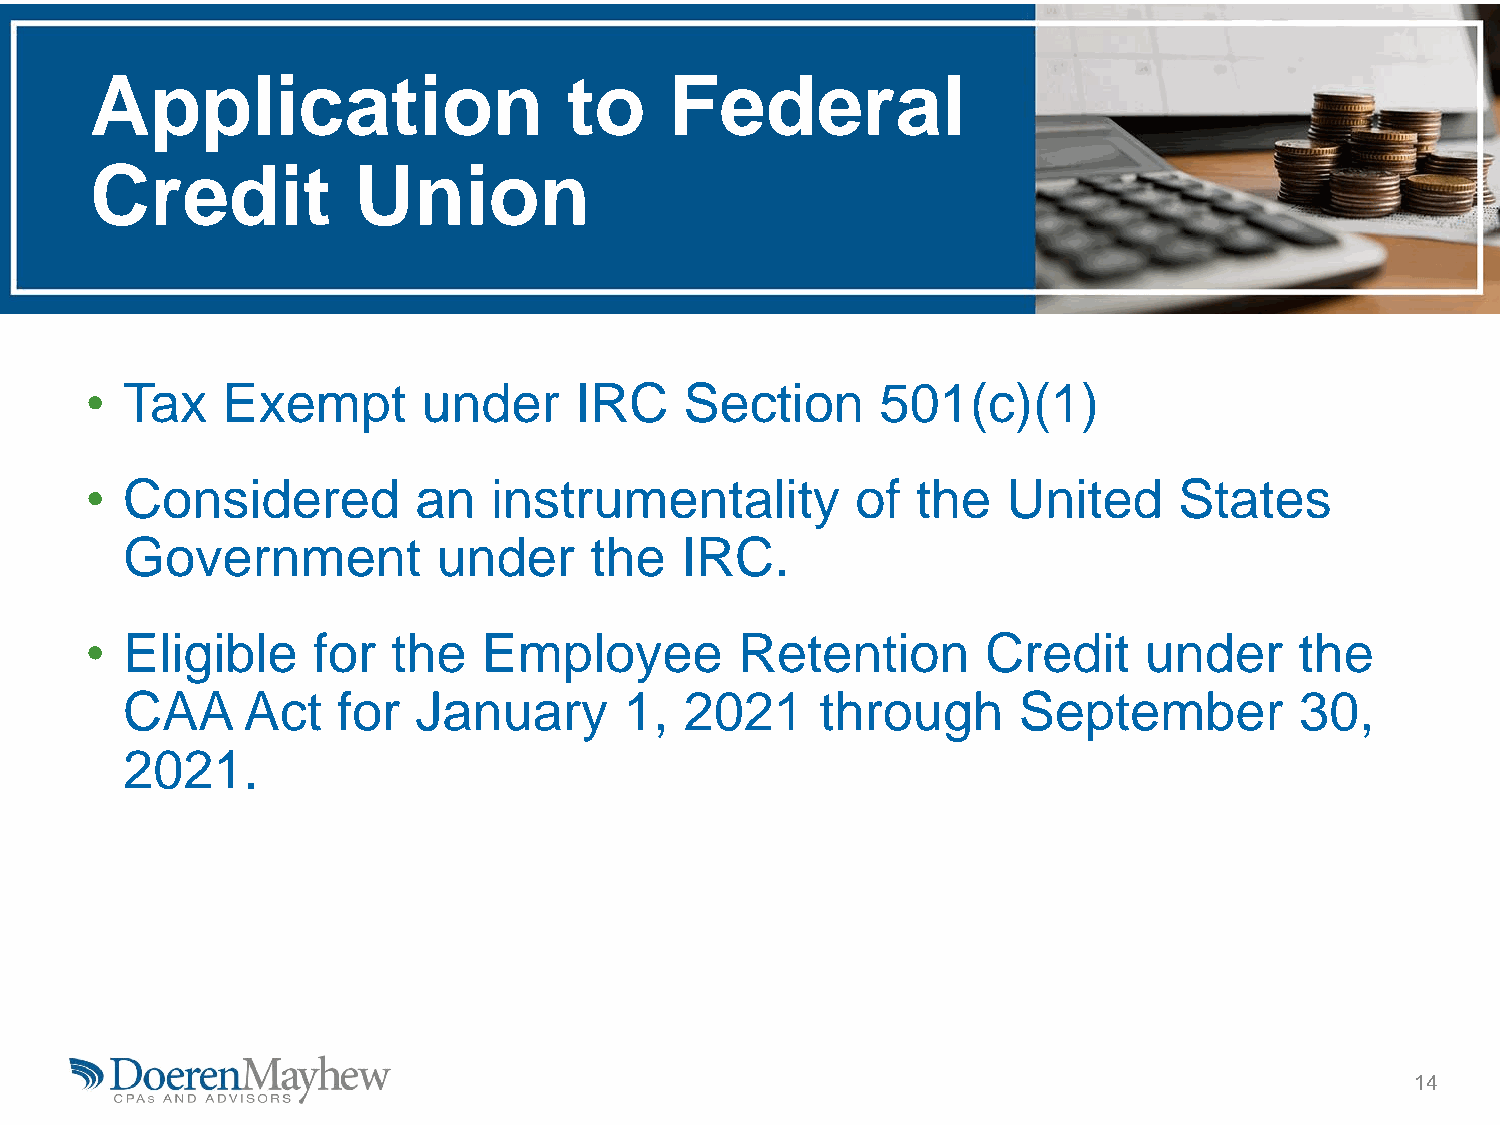
Application                     to    Federal
 Credit           Union
 • Tax    Exempt       under     IRC    Section      501(c)(1)
 • Considered          an   instrumentality         of  the   United     States
 Government           under     the   IRC.
 • Eligible     for  the   Employee         Retention       Credit     under     the
 CAA     Act   for   January      1,  2021     through      September          30,
 2021.
 14